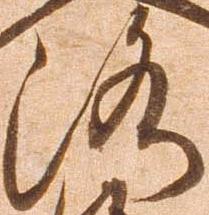
洛